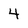
Character: 4